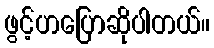
ဖွင့်ဟပြောဆိုပါတယ်။